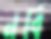
নবি